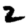
Digit: 2